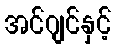
အင်ဂျင်နှင့်